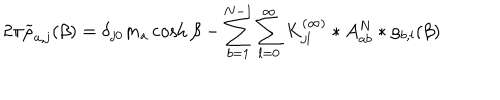
2 \pi \widetilde { \rho } _ { a , j } ( \beta ) = \delta _ { j 0 } m _ { a } \cosh \beta - \sum _ { b = 1 } ^ { N - 1 } \sum _ { l = 0 } ^ { \infty } { K _ { j l } ^ { ( \infty ) } } * A _ { a b } ^ { N } * \rho _ { b , l } ( \beta )